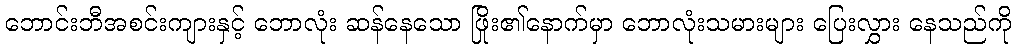
ဘောင်းဘီအစင်းကျားနှင့် ဘောလုံး ဆန်နေသော ဖြိုး၏နောက်မှာ ဘောလုံးသမားများ ပြေးလွှား နေသည်ကို